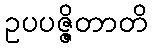
ဥပပဇ္ဇိတာတိ